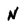
Character: N